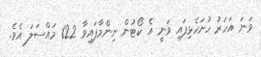
ވަނަ އަހަރު ހުށަހެޅިފައި ވަނީ އެ ކޯޓުން ނިންމާފައިވާ 122 މައްސަލަ އެވެ.